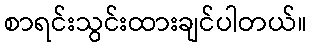
စာရင်းသွင်းထားချင်ပါတယ်။